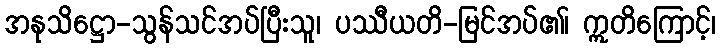
အနုသိဋ္ဌော-သွန်သင်အပ်ပြီးသူ၊ ပဿီယတိ-မြင်အပ်၏၊ ဣတိကြောင့်၊